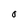
Character: O